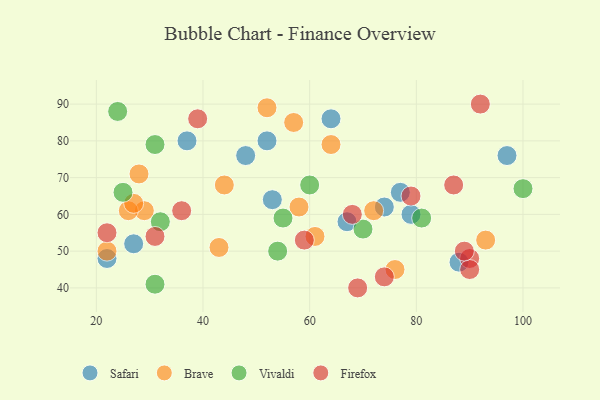
{"axis": {"x": "GDP", "y": "Life Expectancy"}, "legend": ["Brave", "Firefox", "Safari", "Vivaldi"], "data": [{"x": "48", "y": 76, "type": "Safari"}, {"x": "77", "y": 66, "type": "Safari"}, {"x": "27", "y": 52, "type": "Safari"}, {"x": "22", "y": 48, "type": "Safari"}, {"x": "67", "y": 58, "type": "Safari"}, {"x": "52", "y": 80, "type": "Safari"}, {"x": "88", "y": 47, "type": "Safari"}, {"x": "37", "y": 80, "type": "Safari"}, {"x": "74", "y": 62, "type": "Safari"}, {"x": "53", "y": 64, "type": "Safari"}, {"x": "64", "y": 86, "type": "Safari"}, {"x": "97", "y": 76, "type": "Safari"}, {"x": "79", "y": 60, "type": "Safari"}, {"x": "61", "y": 54, "type": "Brave"}, {"x": "28", "y": 71, "type": "Brave"}, {"x": "29", "y": 61, "type": "Brave"}, {"x": "43", "y": 51, "type": "Brave"}, {"x": "72", "y": 61, "type": "Brave"}, {"x": "44", "y": 68, "type": "Brave"}, {"x": "57", "y": 85, "type": "Brave"}, {"x": "76", "y": 45, "type": "Brave"}, {"x": "64", "y": 79, "type": "Brave"}, {"x": "26", "y": 61, "type": "Brave"}, {"x": "27", "y": 63, "type": "Brave"}, {"x": "52", "y": 89, "type": "Brave"}, {"x": "93", "y": 53, "type": "Brave"}, {"x": "58", "y": 62, "type": "Brave"}, {"x": "22", "y": 50, "type": "Brave"}, {"x": "100", "y": 67, "type": "Vivaldi"}, {"x": "31", "y": 41, "type": "Vivaldi"}, {"x": "24", "y": 88, "type": "Vivaldi"}, {"x": "54", "y": 50, "type": "Vivaldi"}, {"x": "70", "y": 56, "type": "Vivaldi"}, {"x": "60", "y": 68, "type": "Vivaldi"}, {"x": "32", "y": 58, "type": "Vivaldi"}, {"x": "31", "y": 79, "type": "Vivaldi"}, {"x": "55", "y": 59, "type": "Vivaldi"}, {"x": "81", "y": 59, "type": "Vivaldi"}, {"x": "25", "y": 66, "type": "Vivaldi"}, {"x": "39", "y": 86, "type": "Firefox"}, {"x": "79", "y": 65, "type": "Firefox"}, {"x": "90", "y": 48, "type": "Firefox"}, {"x": "68", "y": 60, "type": "Firefox"}, {"x": "90", "y": 45, "type": "Firefox"}, {"x": "74", "y": 43, "type": "Firefox"}, {"x": "31", "y": 54, "type": "Firefox"}, {"x": "87", "y": 68, "type": "Firefox"}, {"x": "36", "y": 61, "type": "Firefox"}, {"x": "22", "y": 55, "type": "Firefox"}, {"x": "59", "y": 53, "type": "Firefox"}, {"x": "89", "y": 50, "type": "Firefox"}, {"x": "69", "y": 40, "type": "Firefox"}, {"x": "92", "y": 90, "type": "Firefox"}]}